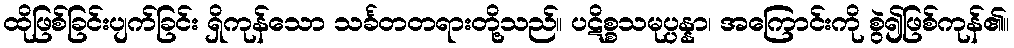
ထိုဖြစ်ခြင်းပျက်ခြင်း ရှိကုန်သော သင်္ခတတရားတို့သည်။ ပဋိစ္စသမုပ္ပန္နာ၊ အကြောင်းကို စွဲ၍ဖြစ်ကုန်၏။